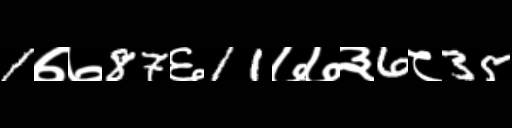
Text: 1७७87६11७७३6८35